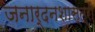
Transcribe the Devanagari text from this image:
जनार्दनशास्त्री